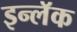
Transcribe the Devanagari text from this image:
इन्लॅक